Vaccination in Bombay 1869-1873 - 1869-1873
Year: 1869
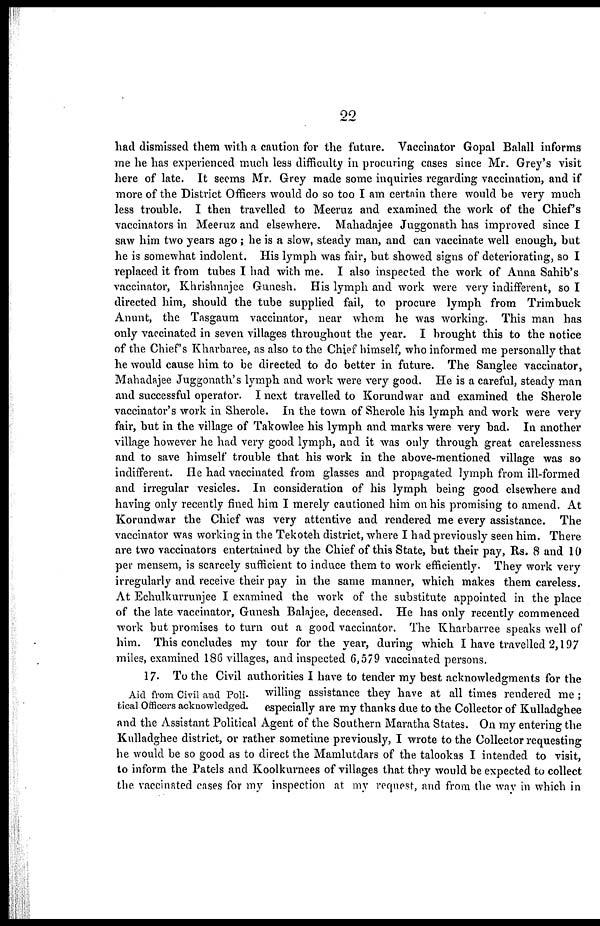
22
had dismissed them with a caution for the future. Vaccinator Gopal Balall informs
me he has experienced much less difficulty in procuring cases since Mr. Grey's visit
here of late. It seems Mr. Grey made some inquiries regarding vaccination, and if
more of the District Officers would do so too I am certain there would be very much
less trouble. I then travelled to Meeruz and examined the work of the Chief's
vaccinators in Meeruz and elsewhere. Mahadajee Juggonath has improved since I
saw him two years ago ; he is a slow, steady man, and can vaccinate well enough, but
he is somewhat indolent. His lymph was fair, but showed signs of deteriorating, so I
replaced it from tubes I had with me. I also inspected the work of Anna Sahib's
vaccinator, Khrishnajee Gunesh. His lymph and work were very indifferent, so I
directed him, should the tube supplied fail, to procure lymph from Trimbuck
Anunt, the Tasgaum vaccinator, near whom he was working. This man has
only vaccinated in seven villages throughout the year. I brought this to the notice
of the Chief's Kharbaree, as also to the Chief himself, who informed me personally that
he would cause him to be directed to do better in future. The Sanglee vaccinator,
Mahadajee Juggonath's lymph and work were very good. He is a careful, steady man
and successful operator. I next travelled to Korundwar and examined the Sherole
vaccinator's work in Sherole. In the town of Sherole his lymph and work were very
fair, but in the village of Takowlee his lymph and marks were very bad. In another
village however he had very good lymph, and it was only through great carelessness
and to save himself trouble that his work in the above-mentioned village was so
indifferent. He had vaccinated from glasses and propagated lymph from ill-formed
and irregular vesicles. In consideration of his lymph being good elsewhere and
having only recently fined him I merely cautioned him on his promising to amend. At
Korundwar the Chief was very attentive and rendered me every assistance. The
vaccinator was working in the Tekoteh district, where I had previously seen him. There
are two vaccinators entertained by the Chief of this State, but their pay, Rs. 8 and 10
per mensem, is scarcely sufficient to induce them to work efficiently. They work very
irregularly and receive their pay in the same manner, which makes them careless.
At Echulkurrunjee I examined the work of the substitute appointed in the place
of the late vaccinator, Gunesh Balajee, deceased. He has only recently commenced
work but promises to turn out a good vaccinator. The Kharbarree speaks well of
him. This concludes my tour for the year, during which I have travelled 2,197
miles, examined 186 villages, and inspected 6,579 vaccinated persons.
Aid from Civil and Poli-
tical Officers acknowledged.
17. To the Civil authorities I have to tender my best acknowledgments for the
willing assistance they have at all times rendered me ;
especially are my thanks due to the Collector of Kulladghee
and the Assistant Political Agent of the Southern Maratha States. On my entering the
Kulladghee district, or rather sometime previously, I wrote to the Collector requesting
he would be so good as to direct the Mamlutdars of the talookas I intended to visit,
to inform the Patels and Koolkurnees of villages that they would be expected to collect
the vaccinated cases for my inspection at my request, and from the way in which in